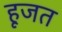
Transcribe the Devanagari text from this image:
हूजत